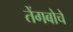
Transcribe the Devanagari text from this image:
तेंगबोचे